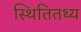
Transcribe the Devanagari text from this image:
स्थितितथ्य